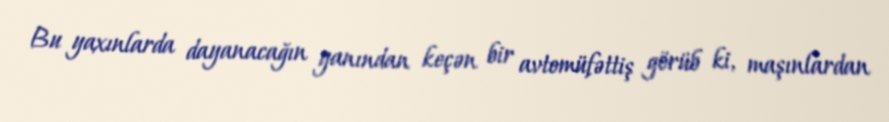
Bu yaxınlarda dayanacağın yanından keçən bir avtomüfəttiş görüb ki, maşınlardan